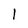
Character: 1